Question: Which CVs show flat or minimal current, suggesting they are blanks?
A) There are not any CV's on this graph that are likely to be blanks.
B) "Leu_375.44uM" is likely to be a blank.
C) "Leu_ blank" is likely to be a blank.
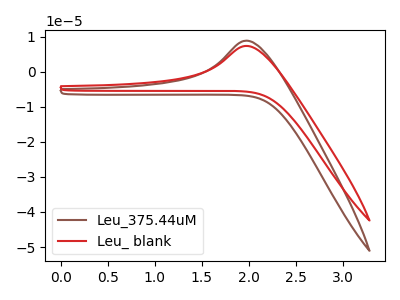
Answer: <think>The brown curve "Leu_375.44uM" has an anodic peak at: (2.00V, 8.85uA). The red curve "Leu_ blank" has an anodic peak at: (2.00V, 7.35uA).</think>
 <answer>A) There are not any CV's on this graph that are likely to be blanks.</answer>
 <eval>A</eval>